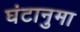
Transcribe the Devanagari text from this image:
घंटानुमा